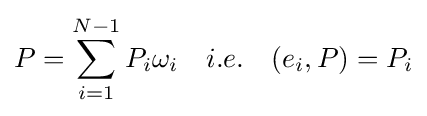
P=\sum _{i=1}^{N-1}P_{i}\omega _{i}\quad i.e.\quad (e_{i},P)=P_{i}